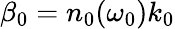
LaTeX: \beta_{0}=n_{0}(\omega_{0})k_{0}